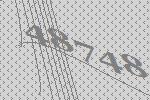
48748